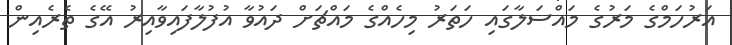
އަރުހަމްގެ މަރުގެ މައްސަލާގައި ހަތަރު މިހެއްގެ މައްޗަށް ދައުވާ އުފުލާފައިވާއިރު އޭގެ ތެރެއިން